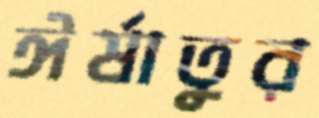
ঈর্ষাতুর